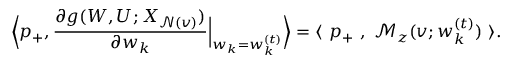
\Big \langle { \boldsymbol p } _ { + } , \frac { \partial g ( { \boldsymbol W } , { \boldsymbol U } ; { \boldsymbol X } _ { \mathcal { N } ( v ) } ) } { \partial { \boldsymbol w } _ { k } } \Big | _ { { \boldsymbol w } _ { k } = { \boldsymbol w } _ { k } ^ { ( t ) } } \Big \rangle = \langle ~ { \boldsymbol p } _ { + } ~ , ~ \mathcal { M } _ { z } ( v ; { \boldsymbol w } _ { k } ^ { ( t ) } ) ~ \rangle .